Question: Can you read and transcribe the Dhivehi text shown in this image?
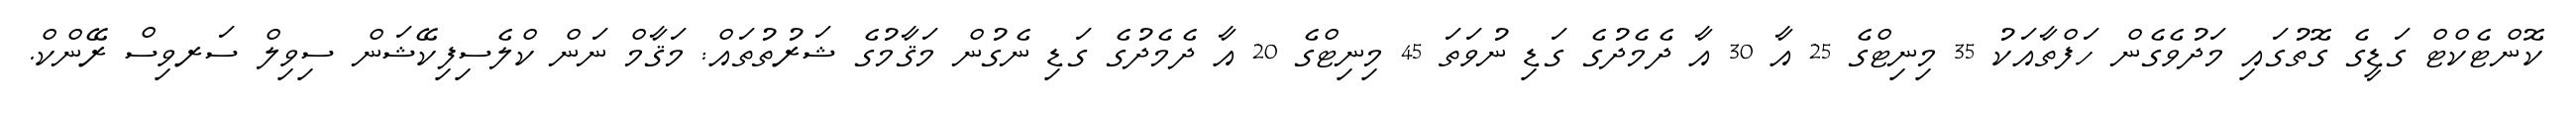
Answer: ކޮންޓެކްޓް ގަޑީގެ ގޮތުގައި މަދުވެގެން ހަފްތާއަކު 35 މިނިޓްގެ 25 އާ 30 އާ ދެމެދުގެ ގަޑި ނުވަތަ 45 މިނިޓްގެ 20 އާ ދެމެދުގެ ގަޑި ނެގުން މަޤާމުގެ ޝަރުތުތައް: މަޤާމް ނަން ކްލެސިފިކޭޝަން ސިވިލް ސަރވިސް ރޭންކް.